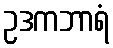
ဥဒကဘာရံ